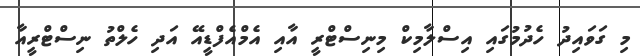
މި ގަވައިދު ހެދުމުގައި އިސްލާމިކް މިނިސްޓްރީ އާއި އެމްއެފްޑީއޭ އަދި ހެލްތު ނިސްޓްރީއާ